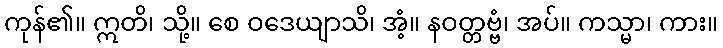
ကုန်၏။ ဣတိ၊ သို့။ စေ ဝဒေယျာသိ၊ အံ့။ နဝတ္တဗ္ဗံ၊ အပ်။ ကသ္မာ၊ ကား။